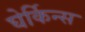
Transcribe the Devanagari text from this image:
घेर्किन्स